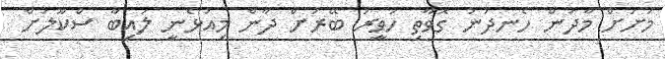
މަށަށް މާދަން ހެނދުނު ގޮވާތި ހަވީރު ބޭރަށް ދާން މިއުޅެނީ ލައިބާ ސްކޫލަށް